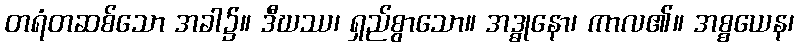
တရံတဆစ်သော အခါ၌။ ဒီဃဿ၊ ရှည်စွာသော။ အဒ္ဓုနော၊ ကာလ၏။ အစ္စယေန၊